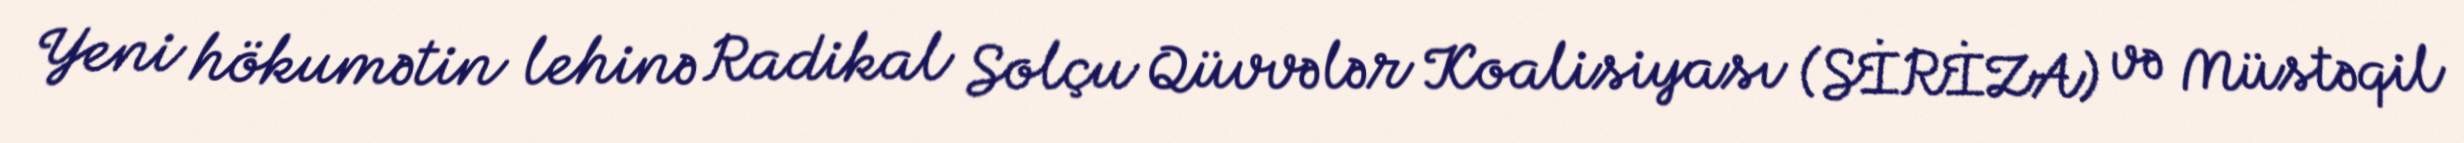
Yeni hökumətin lehinə Radikal Solçu Qüvvələr Koalisiyası (SİRİZA) və Müstəqil